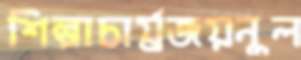
শিল্পাচার্য্রজয়নুল